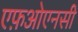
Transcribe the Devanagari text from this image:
एफ़ओएनसी